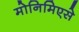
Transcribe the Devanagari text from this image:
मोनिमिएसे